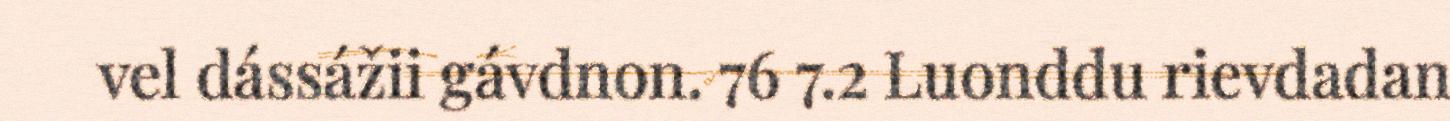
vel dássážii gávdnon. 76 7.2 Luonddu rievdadan